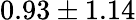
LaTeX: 0.93\pm 1.14